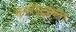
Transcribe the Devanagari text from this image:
केलेस्ट्रायल